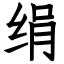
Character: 绢